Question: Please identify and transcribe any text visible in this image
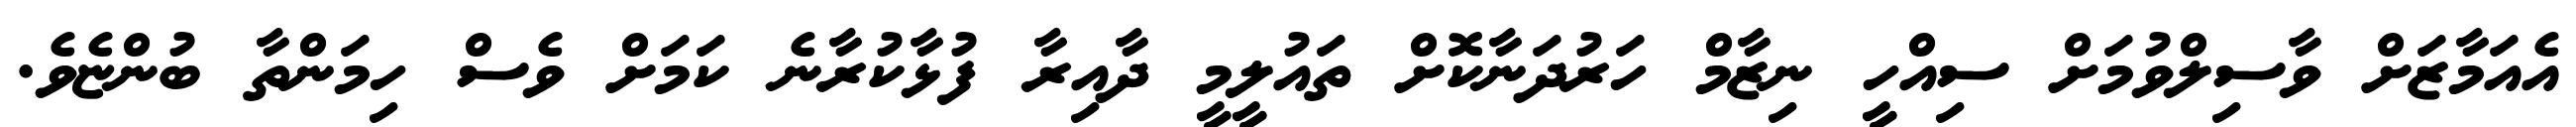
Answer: އެއަމާޒަށް ވާސިލްވުމަށް ސިއްހީ ނިޒާމް ހަރުދަނާކޮށް ތައުލީމީ ދާއިރާ ފުޅާކުރާނެ ކަމަށް ވެސް ހިމަންތާ ބުންޏެވެ.